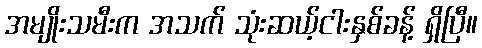
အမျိုးသမီးက အသက် သုံးဆယ့်ငါးနှစ်ခန့် ရှိပြီ။